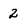
Character: 2